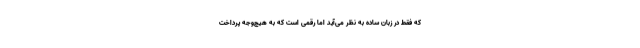
که فقط در زبان ساده به نظر می‌آید اما رقمی است که به هیچ‌وجه پرداخت